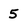
Character: 5